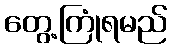
တွေ့ကြုံရမည်